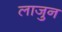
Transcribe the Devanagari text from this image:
लाजुन